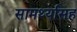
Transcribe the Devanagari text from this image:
सामर्थ्यासह